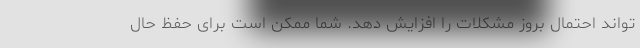
تواند احتمال بروز مشکلات را افزایش دهد. شما ممکن است برای حفظ حال